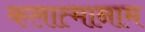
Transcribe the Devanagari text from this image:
कलात्मानाम